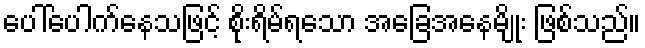
ပေါ်ပေါက်နေသဖြင့် စိုးရိမ်ရသော အခြေအနေမျိုး ဖြစ်သည်။